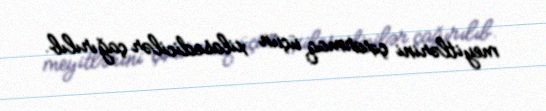
meyitlərini çıxarmaq üçün xilasedicilər çağırılıb.